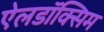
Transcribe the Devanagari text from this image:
ऐलडॉक्सिम